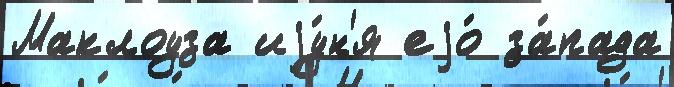
Маклоуза иjу́н'я еjо́ за́пада